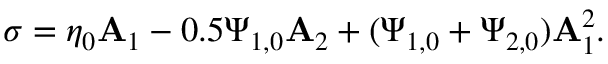
\boldsymbol { \sigma } = \eta _ { 0 } \mathbf { A } _ { 1 } - 0 . 5 \Psi _ { 1 , 0 } \mathbf { A } _ { 2 } + ( \Psi _ { 1 , 0 } + \Psi _ { 2 , 0 } ) \mathbf { A } _ { 1 } ^ { 2 } .